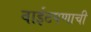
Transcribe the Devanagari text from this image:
वाईटपणाची